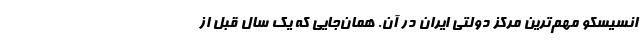
انسیسکو مهم‌ترین مرکز دولتی ایران در آن. همان‌جایی که یک سال قبل از